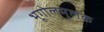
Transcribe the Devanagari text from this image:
भूगोलमूलक